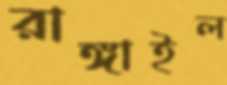
রাঙ্গাইল